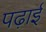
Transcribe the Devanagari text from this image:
पढ़ाईं